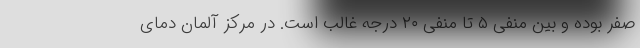
صفر بوده و بین منفی ۵ تا منفی ۲۰ درجه غالب است. در مرکز آلمان دمای